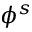
\phi ^ { s }